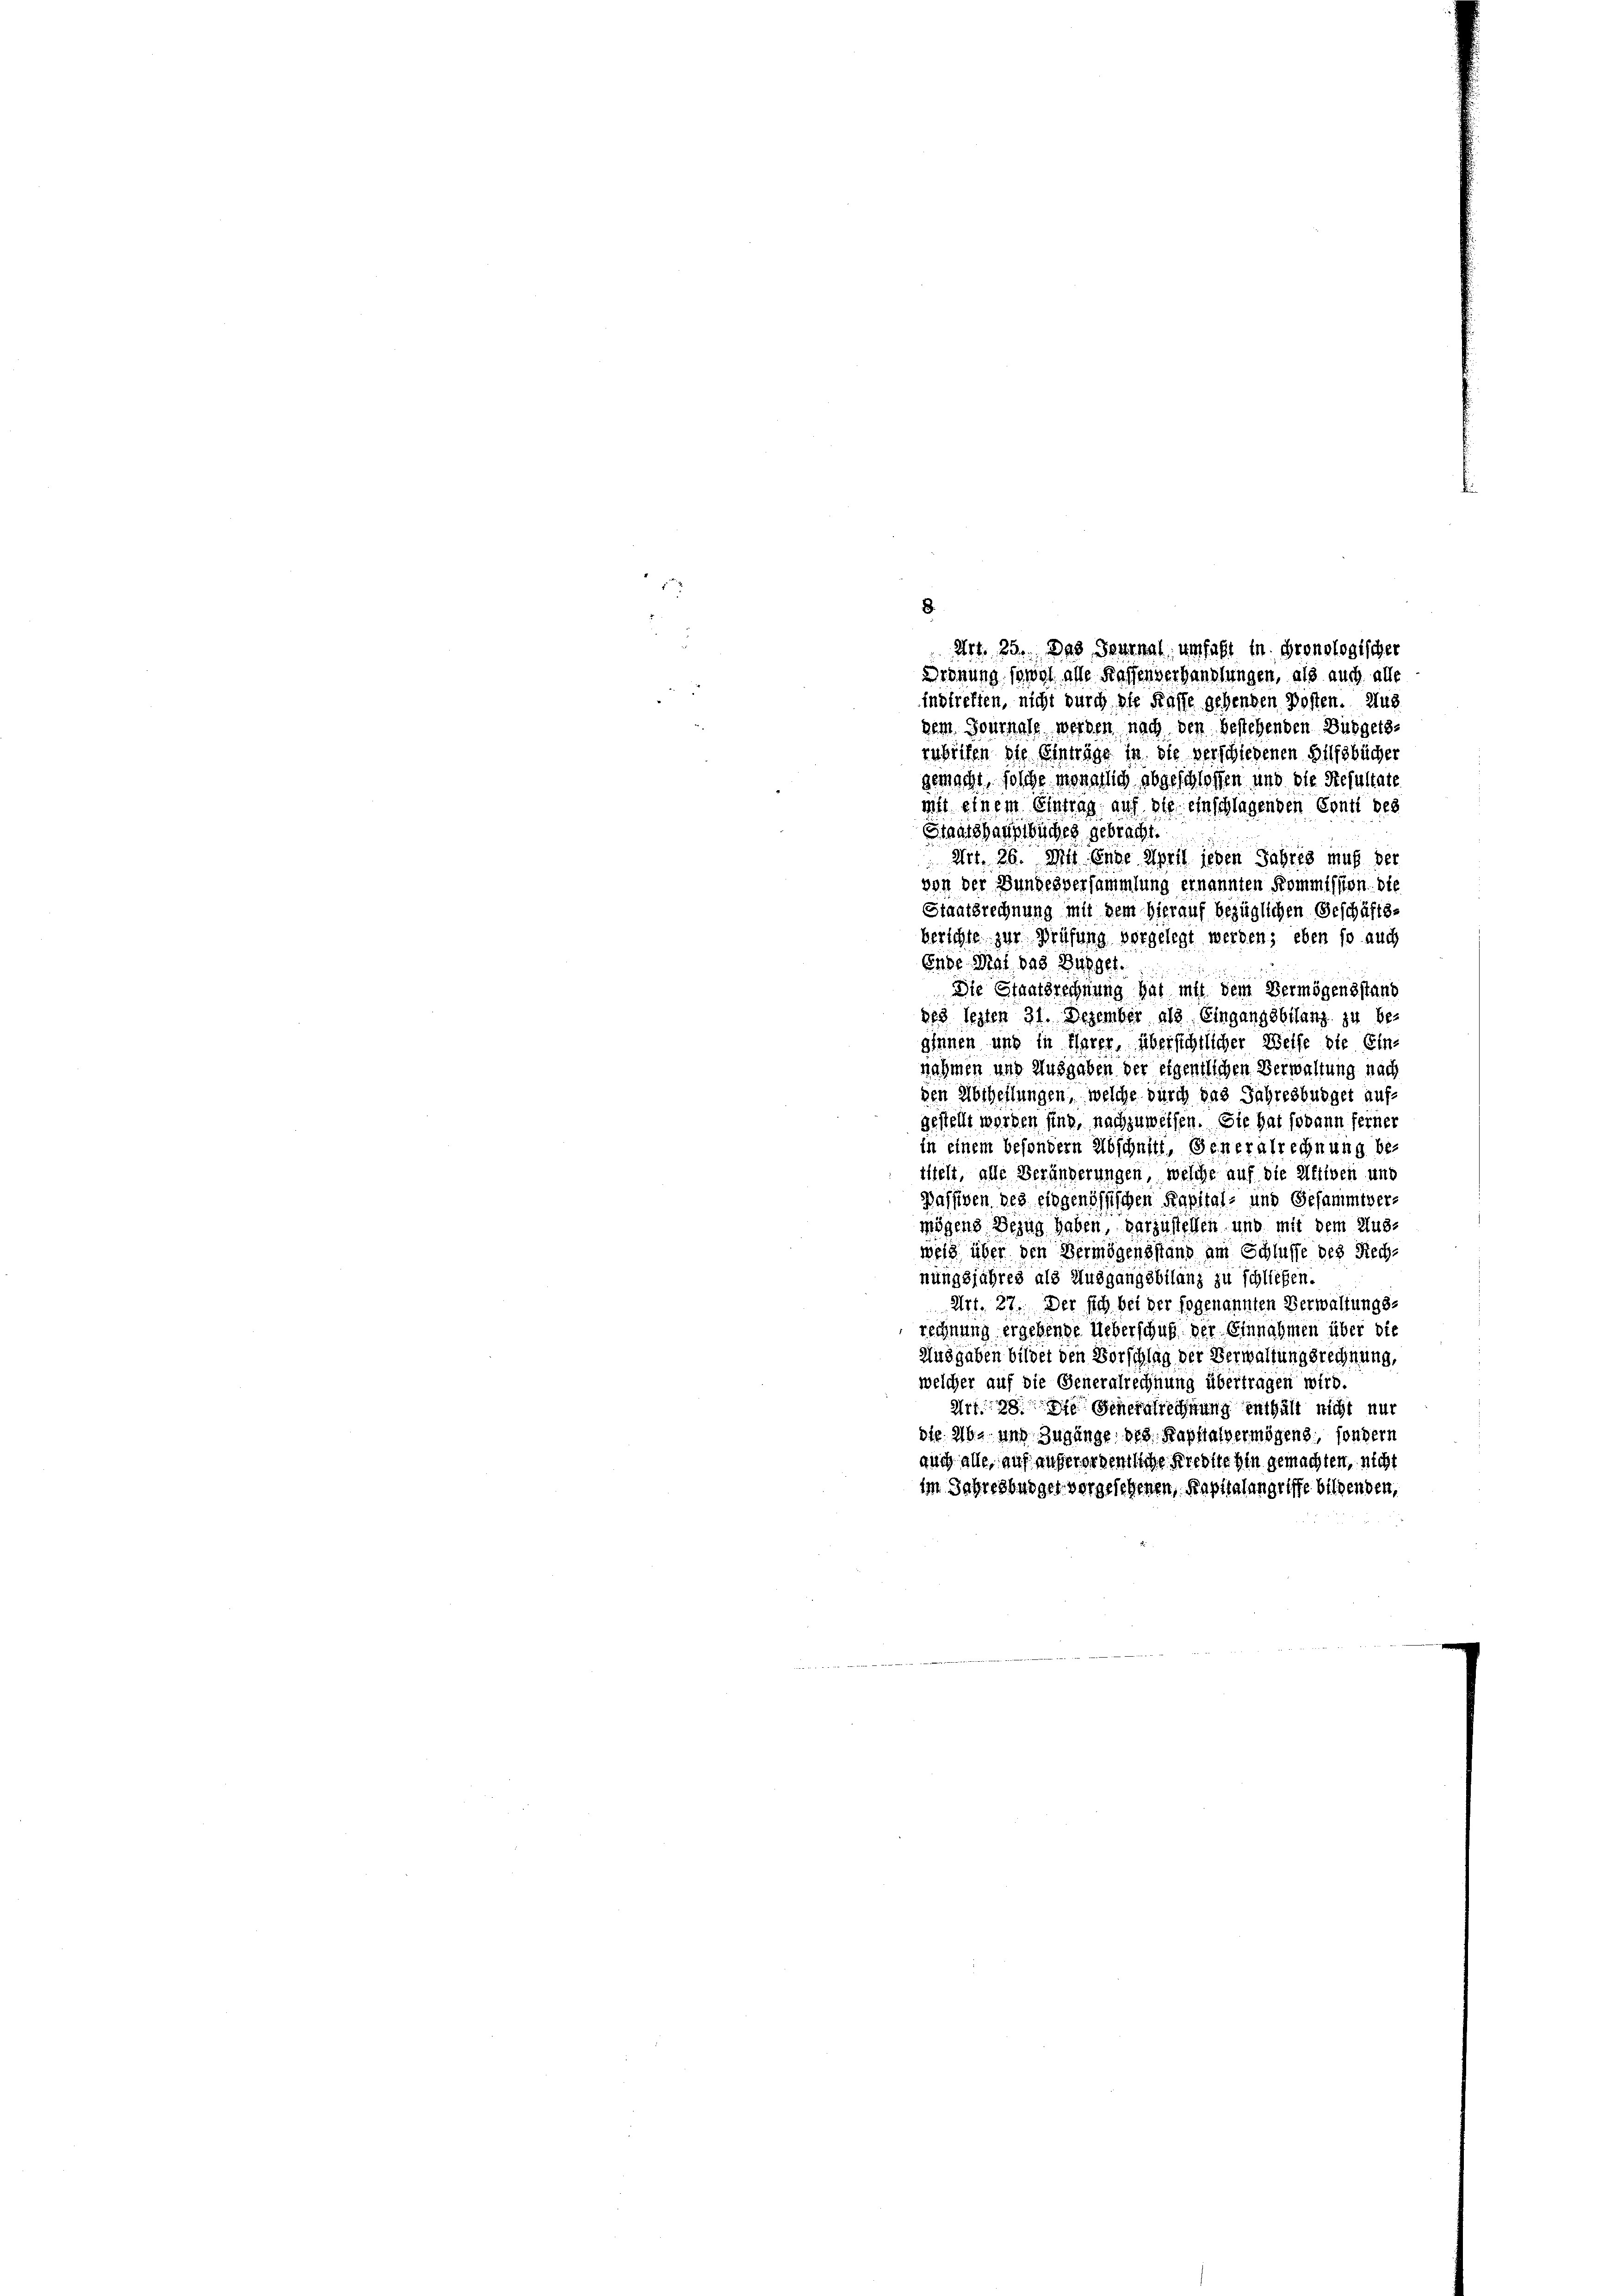
8.
Art. 23. Das Seminal umhaft in pronologischer
Drohung sowol alle Kaffenverhandlungen, als auch alle
2
Instreffen, nicht durch die Kasse gehenden Posten. Aus
dem Journals werden nach den bestehenden Budgets-
zuheifen die Einträge in die verschiedenen Hilfsbücher
gemacht, solche monatlich abgeschlossen und die Resultate
mit einem Eintrag auf die einschlagenden Conti des
Staatshauptbuches gebracht.
Art. 26. Mit Ende April jeden Jahres muß der
von der Bundesversammlung ernannten Kommission. die
Staatsrechnung mit dem Hierauf bezüglichen Geschäftsberichte zur Prüfung vorgelegt werden; eben so auch
Ende Mal das Bugger.
Die Staatsrechnung hat mit dem Vermögensstand
ses legten 31. Dezember als Eingangebilanz zu be-
ginnen und in Charge, übersichtlicher Weise die Ein-
nahmen und Ausgaben der eigentlichen Verwaltung nach
den Abtheilungen, welche durch das Jahresburger aufgestellt worden sind, nachzuweisen. Sie hat sodann ferner
in einem besondern Abschnitt, Generalrechnung be-
ittelt, alle Veränderungen, welche auf die Aktiven und
Passiven des eidgenössischen Kapital- und Gesammtvers
mögens Bezug haben, darzustellen und mit dem Ausweis über den Vermögensstand am Schlusse des Rechnungsjahres als Ausgangsbilanz zu schließen.
Art. 27. Der sich bei der sogenannten Verwaltungsrechnung ergebende Ueberschuß der Einnahmen über die
Ausgaben bildet den Vorschlag der Verwaltungsrechnung,
welcher auf die Generalrechnung übertragen wird.
Art. 198. Generalrechnung enthält nicht nur
die Ab- und Zugänge des Kapitalvermögens, sondern
auch alle, auf außerordentliche Kredite hin gemachten, nicht
im Jahresburger vorgesehenen, Kapitalangriffe bildenden,